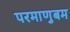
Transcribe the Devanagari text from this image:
परमाणुबम